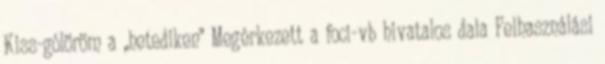
Kiss-gólöröm a „hetediken” Megérkezett a foci-vb hivatalos dala Felhasználási